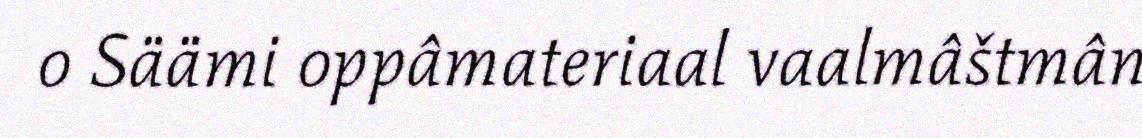
o Säämi oppâmateriaal vaalmâštmân